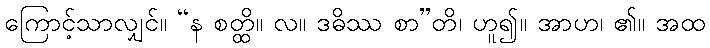
ကြောင့်သာလျှင်။ “န စတ္ထိ။ လ။ ဒဓိဿ စာ”တိ၊ ဟူ၍။ အာဟ၊ ၏။ အထ